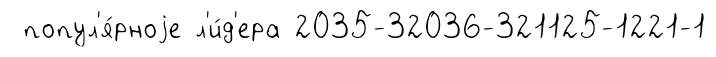
попул'я́рноjе л'и́д'ера 2035-32036-321125-1221-1